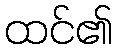
ထင်၏